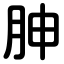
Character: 胂